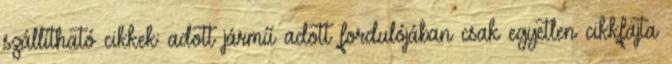
szállítható cikkek: adott jármű adott fordulójában csak egyetlen cikkfajta